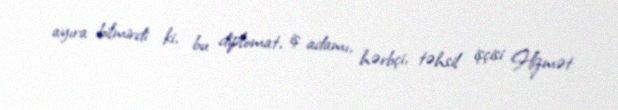
ayıra bilmirdi ki, bu diplomat, iş adamı, hərbçi, təhsil işçisi Hizmət